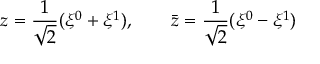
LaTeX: z = { \frac { 1 } { \sqrt 2 } } ( \xi ^ { 0 } + \xi ^ { 1 } ) , \qquad \bar { z } = { \frac { 1 } { \sqrt 2 } } ( \xi ^ { 0 } - \xi ^ { 1 } )